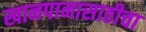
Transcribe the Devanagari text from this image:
खानपानासाठीचा